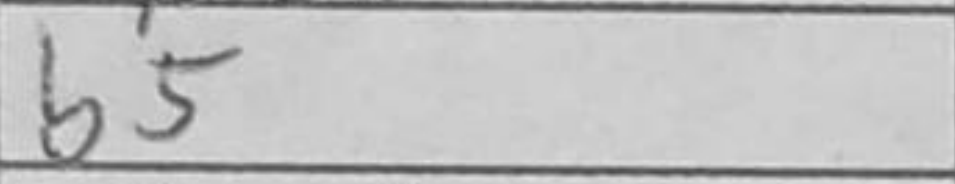
Transcription: b5